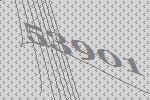
53901